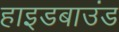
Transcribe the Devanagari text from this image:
हाइडबाउंड